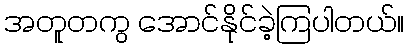
အတူတကွ အောင်နိုင်ခဲ့ကြပါတယ်။